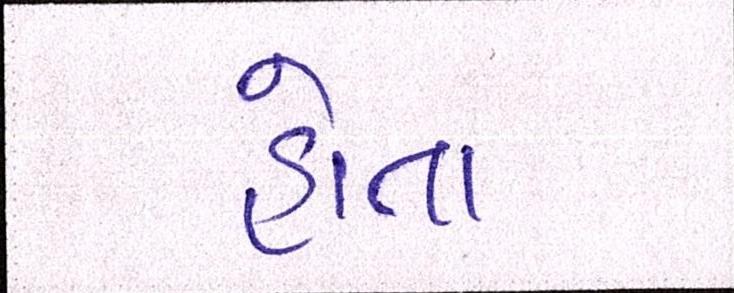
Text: હોતા